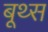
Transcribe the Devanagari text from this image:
बूथ्स